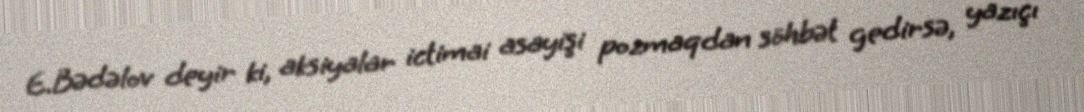
E.Bədəlov deyir ki, aksiyalar ictimai asayişi pozmaqdan söhbət gedirsə, yazıçı